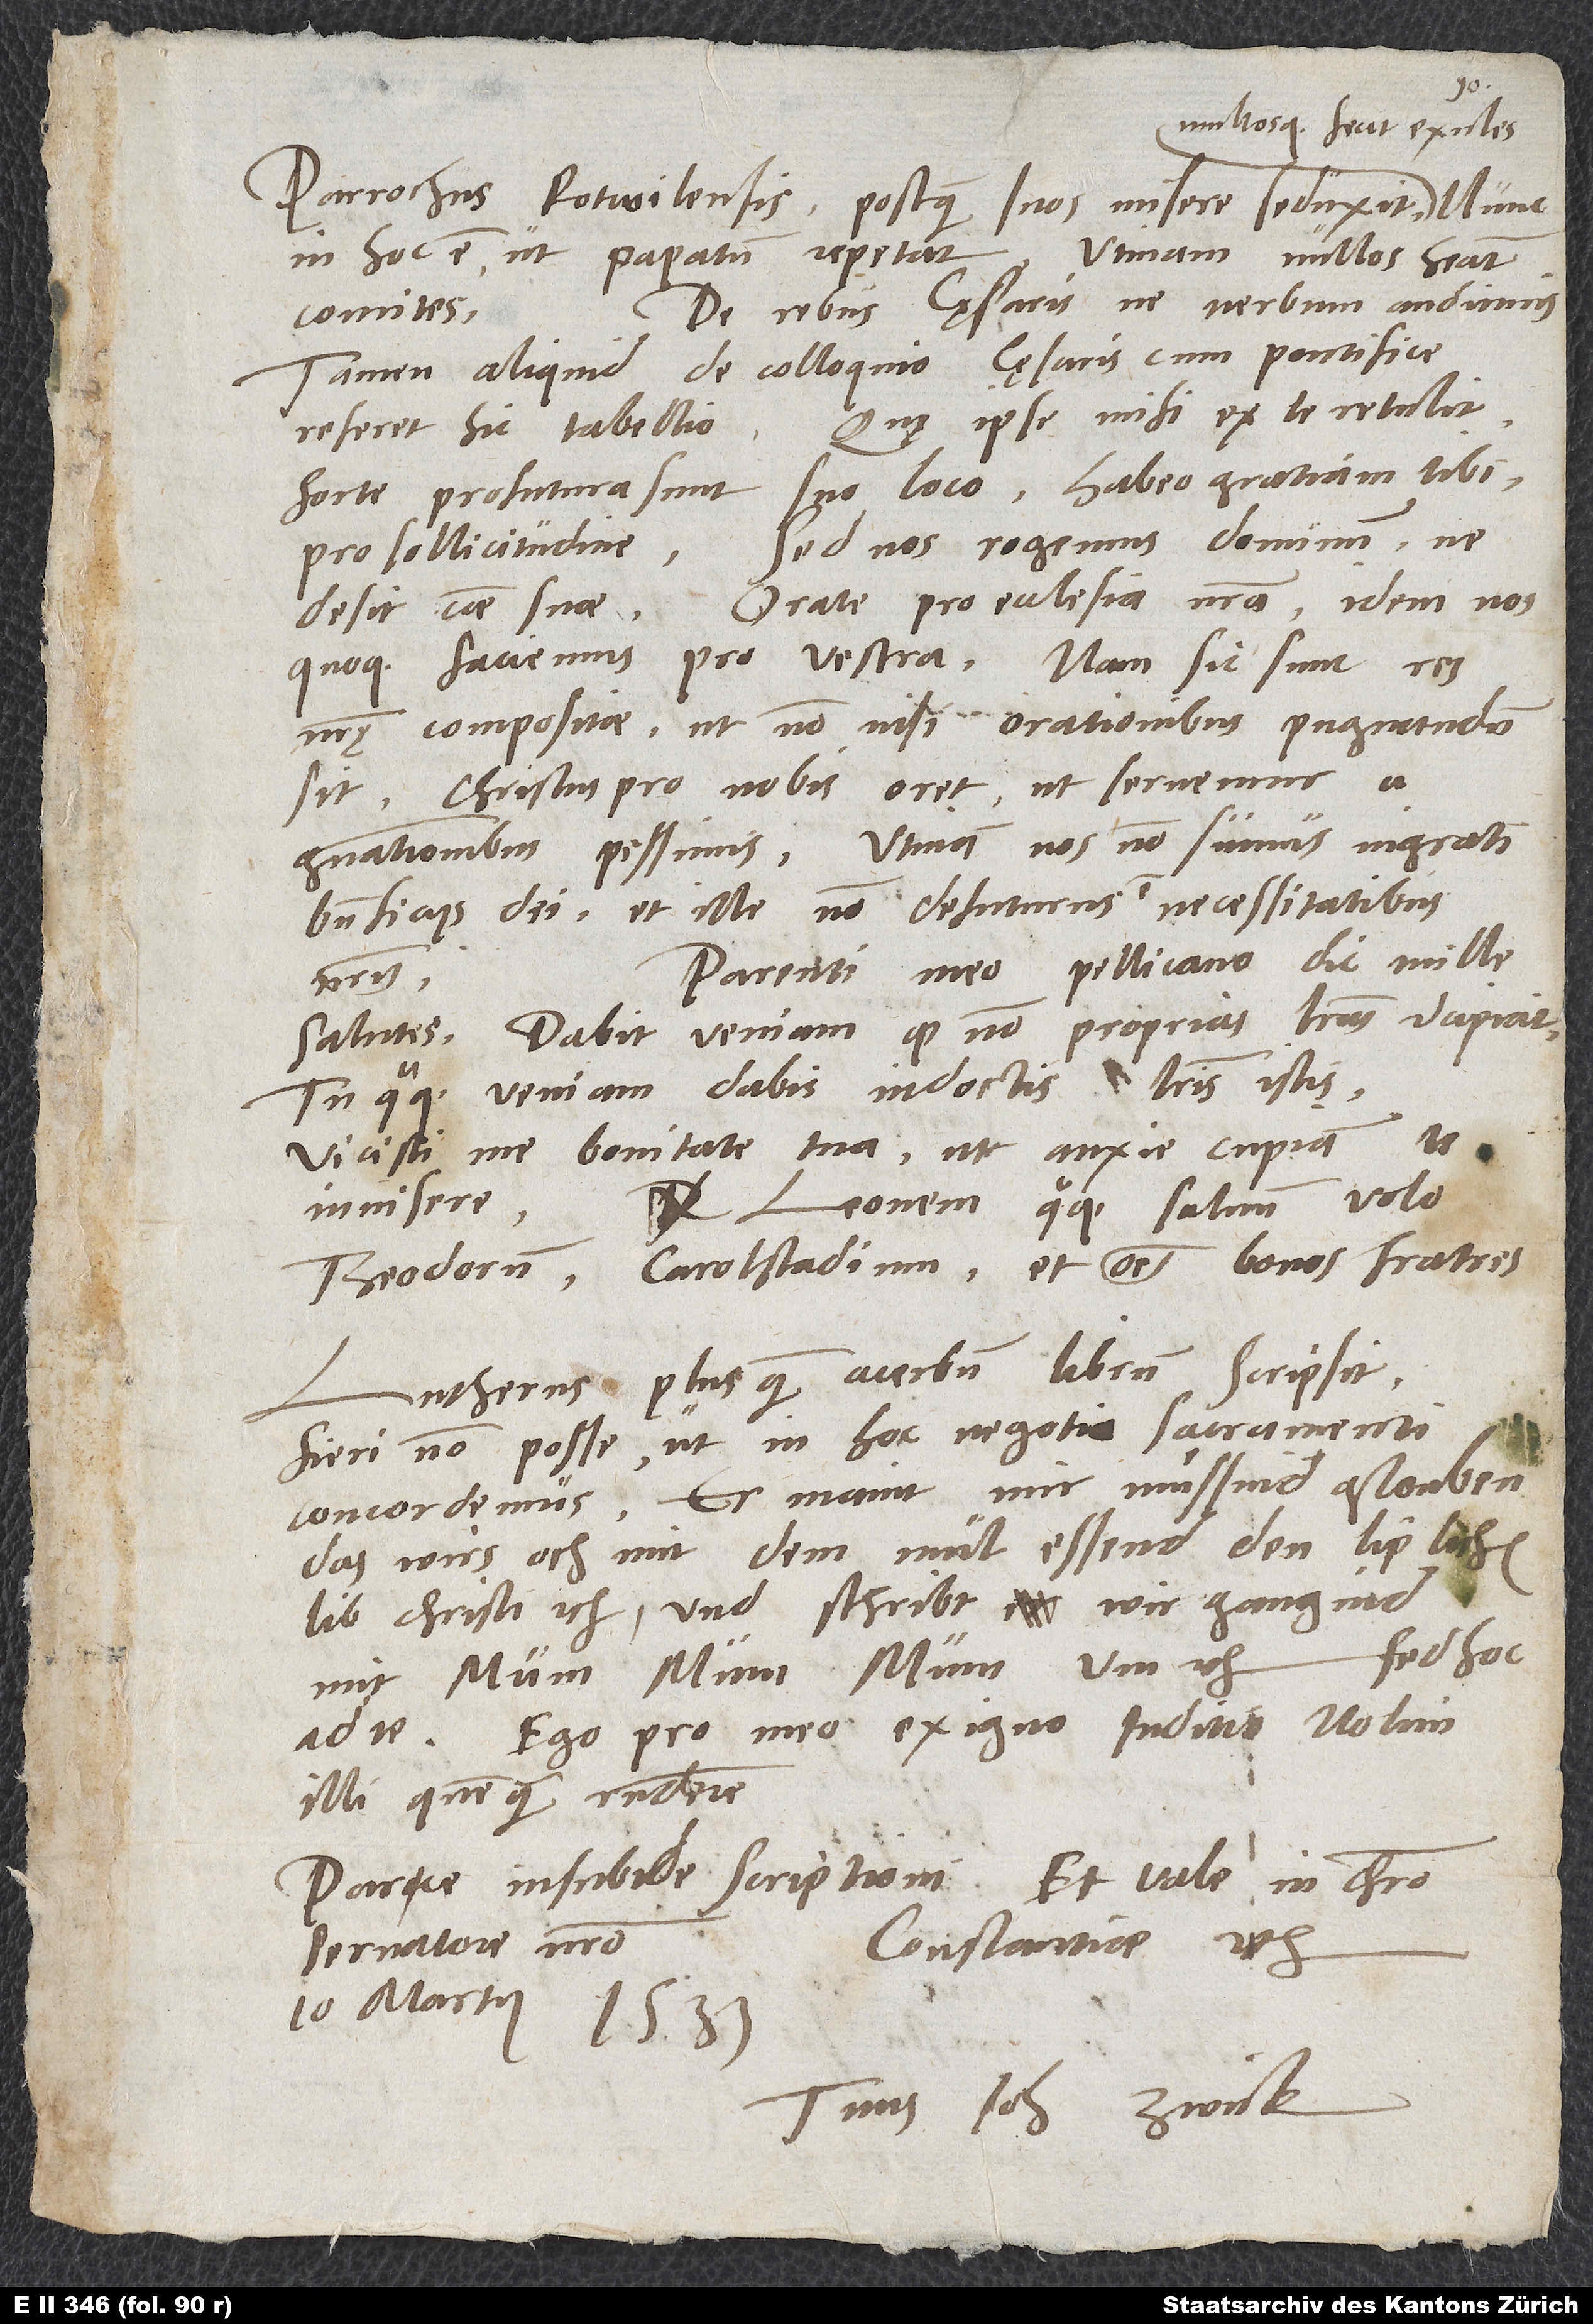
multosque fecit exules,
Parochus Rotwilensis, postquam suos misere seduxit
in hoc est, ut papatum repetat. Utinam nullos habeat
De rebus cęsaris ne verbum audimus.
comites.
Tamen aliquid de colloquio cęsaris cum pontifice
referet hic tabellio. Quae ipse mihi ex te retulit,
forte profutura sunt suo loco. Habeo gratiam tibi
pro sollicitudine. Sed nos rogemus dominum, ne
desit causae suae. Orate pro ecclesia nostra, idem nos
quoque faciemus pro vestra. Nam sic sunt res
nostrę compositae, ut non nisi orationibus pugnandum
sit. Christus pro nobis oret, ut servemur a
generationibus pessimis. Utinam nos non sumus ingrati
beneficiis dei, et ille non defuturus est necessitatibus
Parenti meo Pellicano dic mille
salutes. Dabit veniam, quod non proprias literas recipiat.
Tu quoque veniam dabis indoctis literis istis.
Vicisti me bonitate tua, ut anxie cupiam te
invisere.
Leonem quoque salvum volo,
Theodorum, Carolstadium et omnes bonos fratres.
Lutherus plus quam acerbum librum scripsit,
fieri non posse, ut in hoc negotio sacramenti
concordemus. Er maint, mir muͤssind glouben,
das wirs och mit dem mul essend, den liplichen
lib Christi etc., und schribt, wir gangind
mit Mum Mum Mum um etc. Sed hoc
ad te. Ego pro meo exiguo iuditio nolim
illi quemquam respondere.
Parce insubide scriptioni et vale in Christo,
servatore nostro.
Constantiae etc.,
10. martii
1533.
Tuus Io. Zwick.